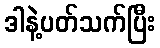
ဒါနဲ့ပတ်သက်ပြီး